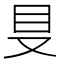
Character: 𰆸